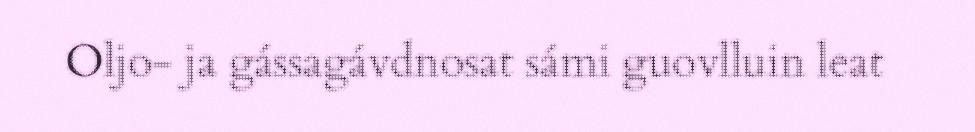
Oljo- ja gássagávdnosat sámi guovlluin leat